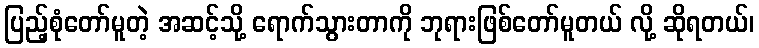
ပြည့်စုံတော်မူတဲ့ အဆင့်သို့ ရောက်သွားတာကို ဘုရားဖြစ်တော်မူတယ် လို့ ဆိုရတယ်၊